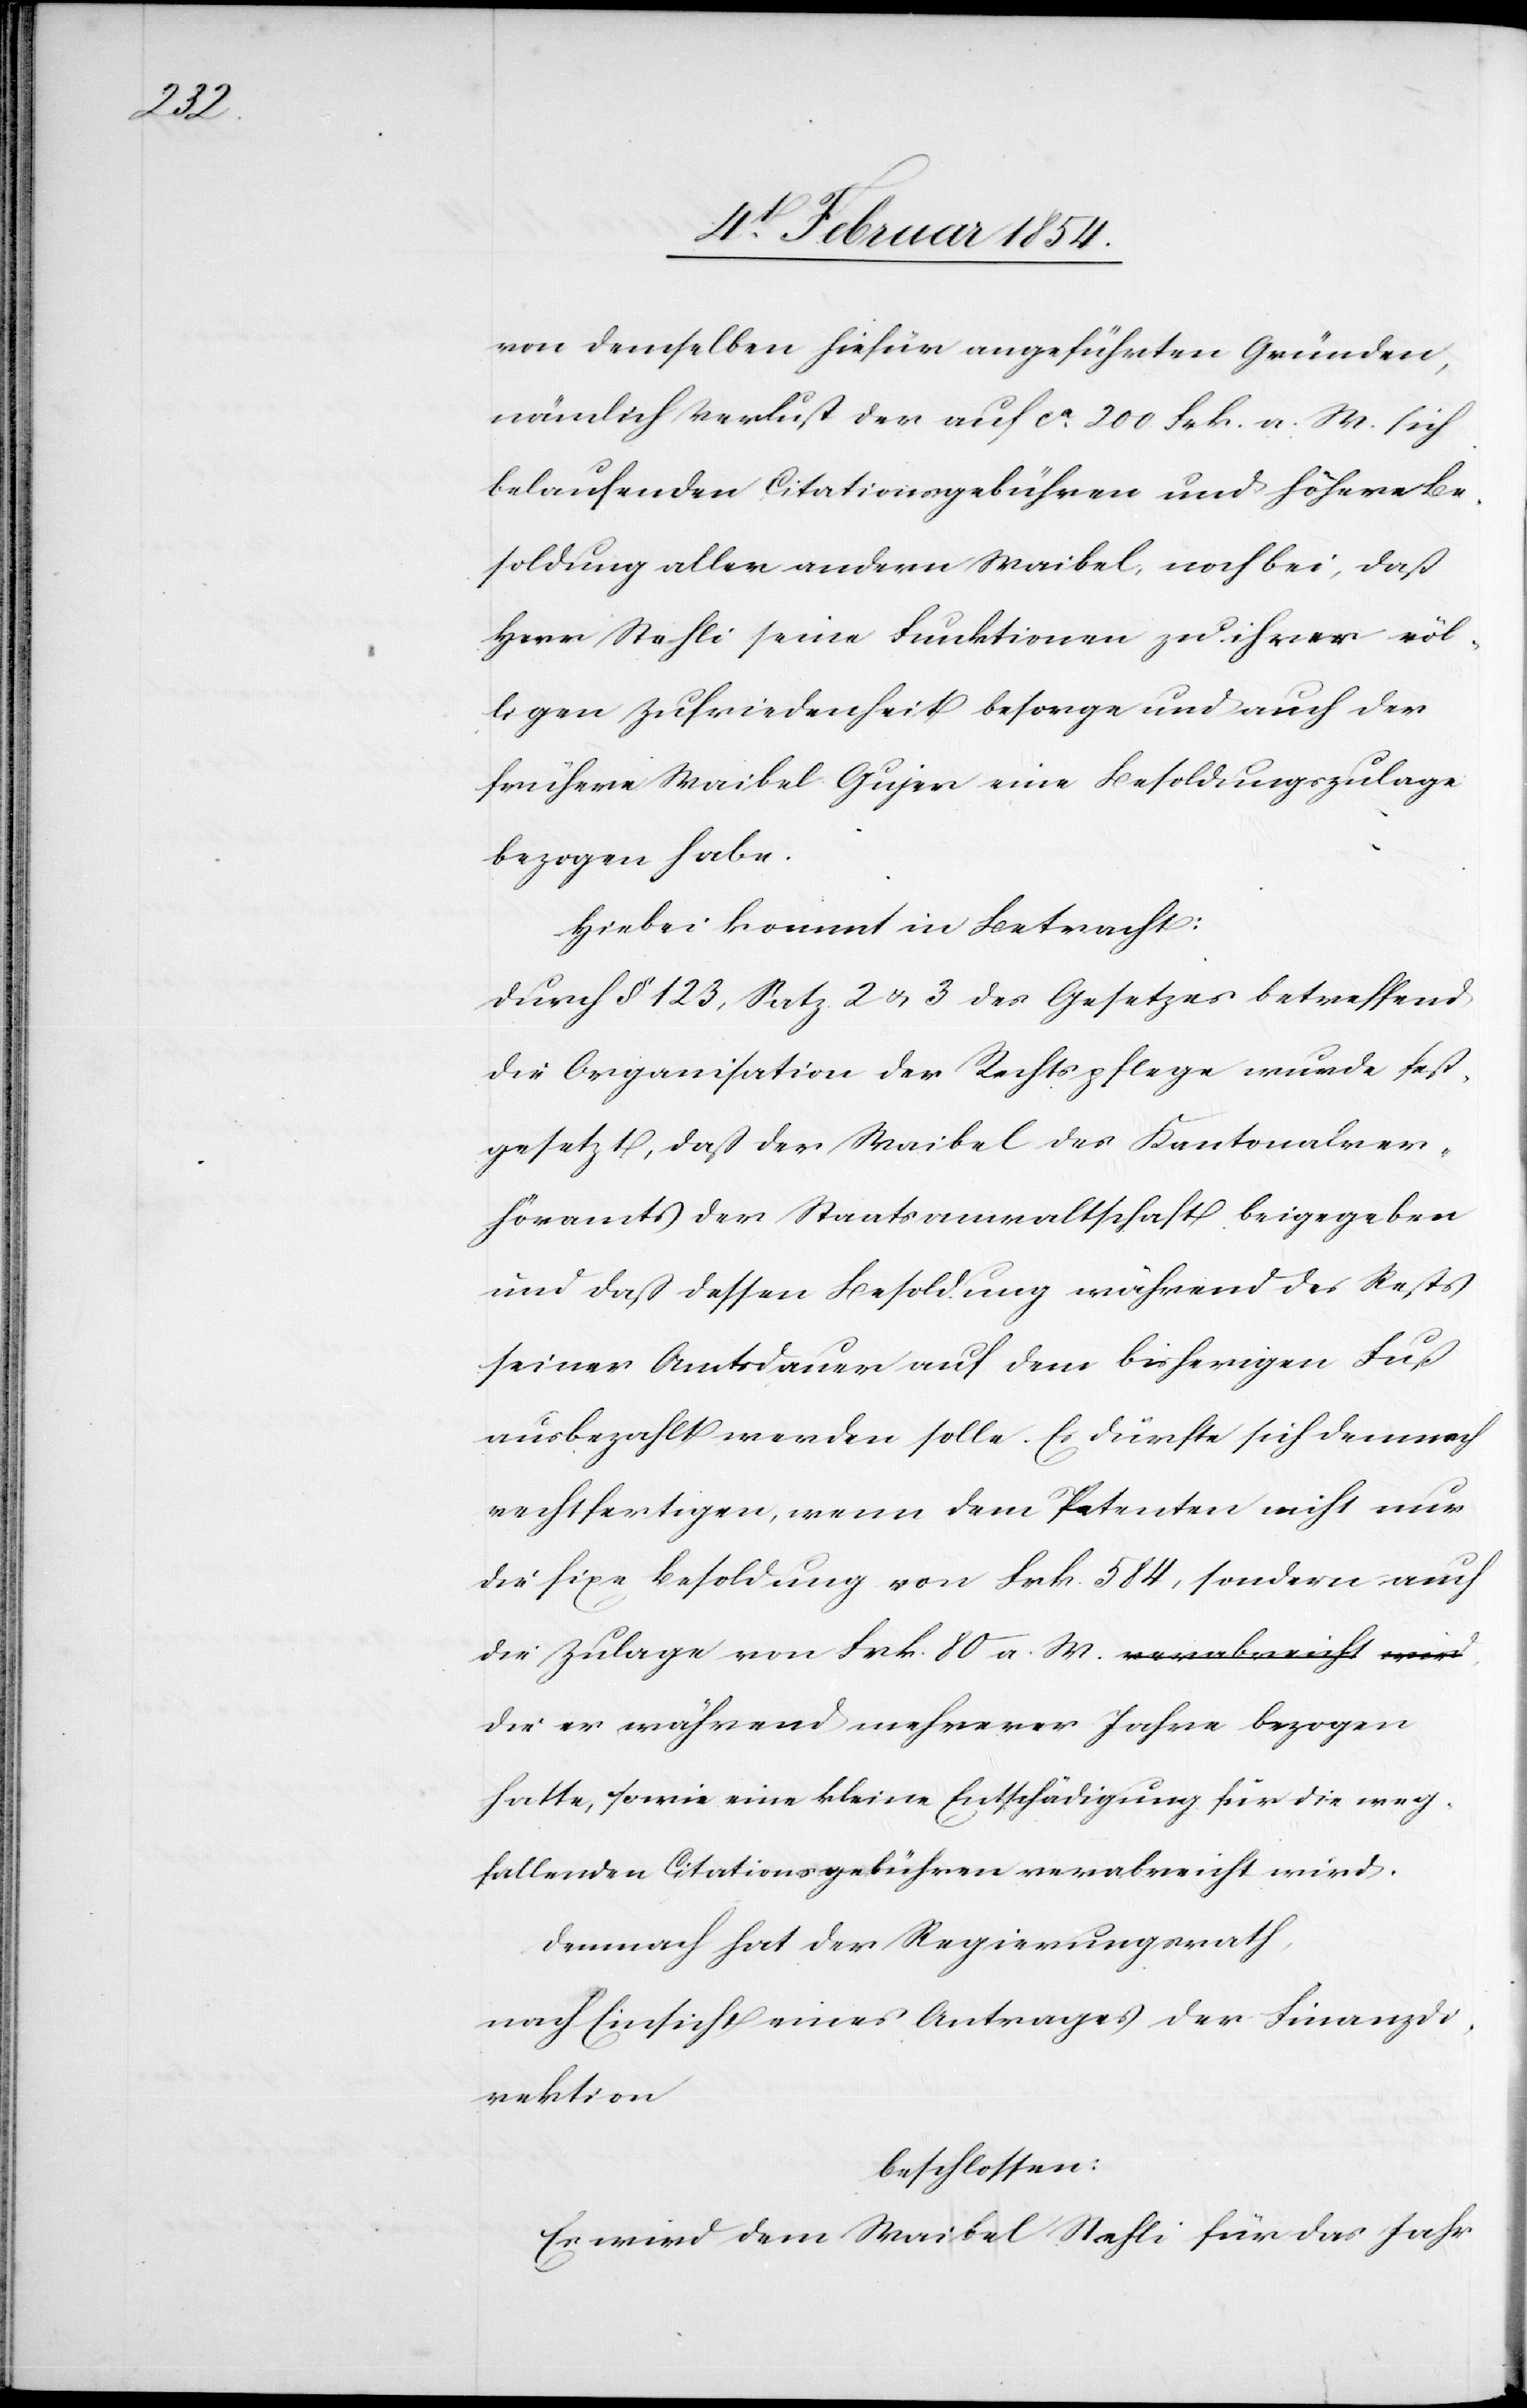
weg¬

von demselben hiefür angeführten Gründen,
nämlich Verlust der auf ca 200 Frk. a. M. sich
belaufenden Citationsgebühren und höhere Be¬
soldung aller andern Waibel, noch bei, daß
Herr Stehli seine Funktionen zu ihrer völ¬
ligen Zufriedenheit besorge und auch der
frühere Waibel Gujer eine Besoldungszulage
bezogen hatte,
Hiebei kommt in Betracht:
durch § 123, Satz 2 u. 3 des Gesetzes betreffend
die Organisation der Rechtspflege wurde fest¬
gesetzt, daß der Waibel der Kantonalver¬
höramts der Staatsanwaltschaft beigegeben
und daß dessen Besoldung während des Rests
seiner Amtsdauer auf dem bisherigen Fuß
ausbezahlt werden solle. Es dürfte sich demnach
rechtfertigen, wenn dem Petenten nicht nur
die fixe Besoldung von Frk. 548, sondern auch
die Zulage von Frk. 80 a. M., die er während
fallenden Citationsgebühren verabreicht wird.
Demnach hat der Regierungsrath,
nach Einsicht eines Antrages der Finanzdi¬
rektion
beschlossen:
Es wird dem Waibel Stehli für das Jahr